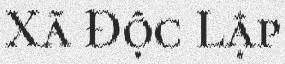
Xã Độc Lập